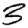
Digit: 3